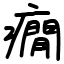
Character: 癇